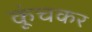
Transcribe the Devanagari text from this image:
कूंचकर